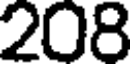
208